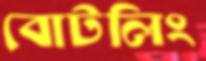
বোটলিং